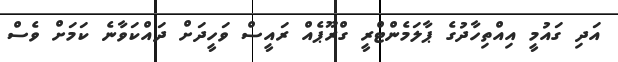
އަދި ގައުމީ އިއްތިހާދުގެ ޕާލަމެންޓްރީ ގްރޫޕެއް ރައީސް ވަހީދަށް ދައްކަވާނެ ކަމަށް ވެސް